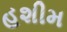
હશીમ